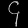
Digit: ၄